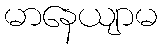
မာနေယျာမ